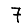
Digit: 7